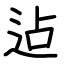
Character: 迠